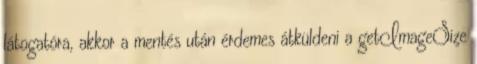
látogatóra, akkor a mentés után érdemes átküldeni a getImageSize